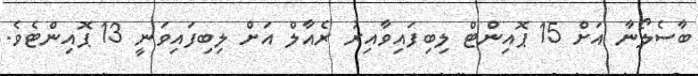
ބާސެލޯނާ އަށް 15 ޕޮއިންޓް ލިބިފައިވާއިރު ރެއާލް އަށް ލިބިފައިވަނީ 13 ޕޮއިންޓެވެ.